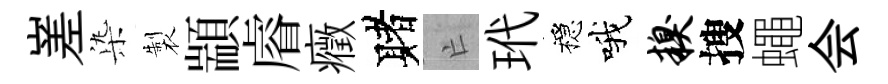
嵳𣑱製顓𥈠癥赌亡玳穩哦糗搜蠅会